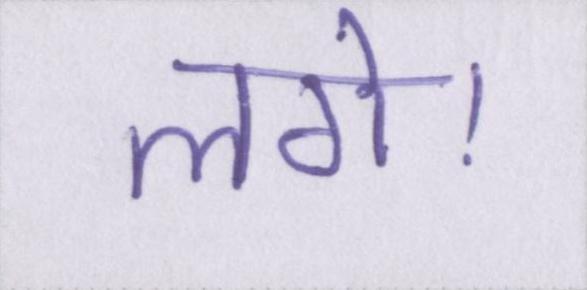
लगे।